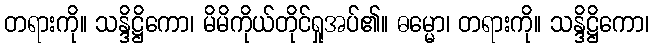
တရားကို။ သန္ဒိဋ္ဌိကော၊ မိမိကိုယ်တိုင်ရှုအပ်၏။ ဓမ္မော၊ တရားကို။ သန္ဒိဋ္ဌိကော၊